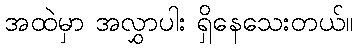
အထဲမှာ အလွှာပါး ရှိနေသေးတယ်။